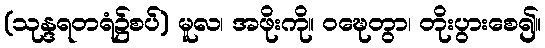
(သုန္ဒရတရံ၌စပ်) မူလ၊ အဖိုးကို။ ဝဍ္ဎေတွာ၊ တိုးပွားစေ၍။